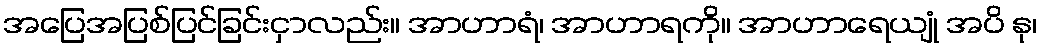
အပြေအပြစ်ပြင်ခြင်းငှာလည်း။ အာဟာရံ၊ အာဟာရကို။ အာဟာရေယျုံ အပိ နု၊